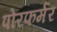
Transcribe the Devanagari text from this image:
पोरफर्मर